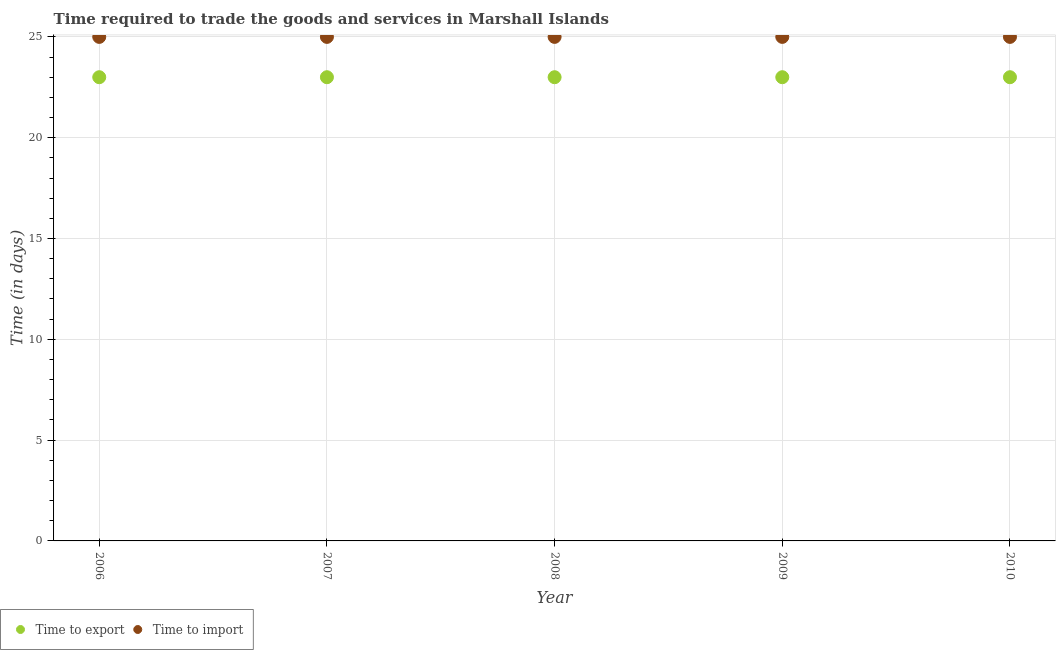
| Year | Time to export | Time to import |
 | --- | --- | --- |
 | 2006 | 23 | 25 |
 | 2007 | 23 | 25 |
 | 2008 | 23 | 25 |
 | 2009 | 23 | 25 |
 | 2010 | 23 | 25 |